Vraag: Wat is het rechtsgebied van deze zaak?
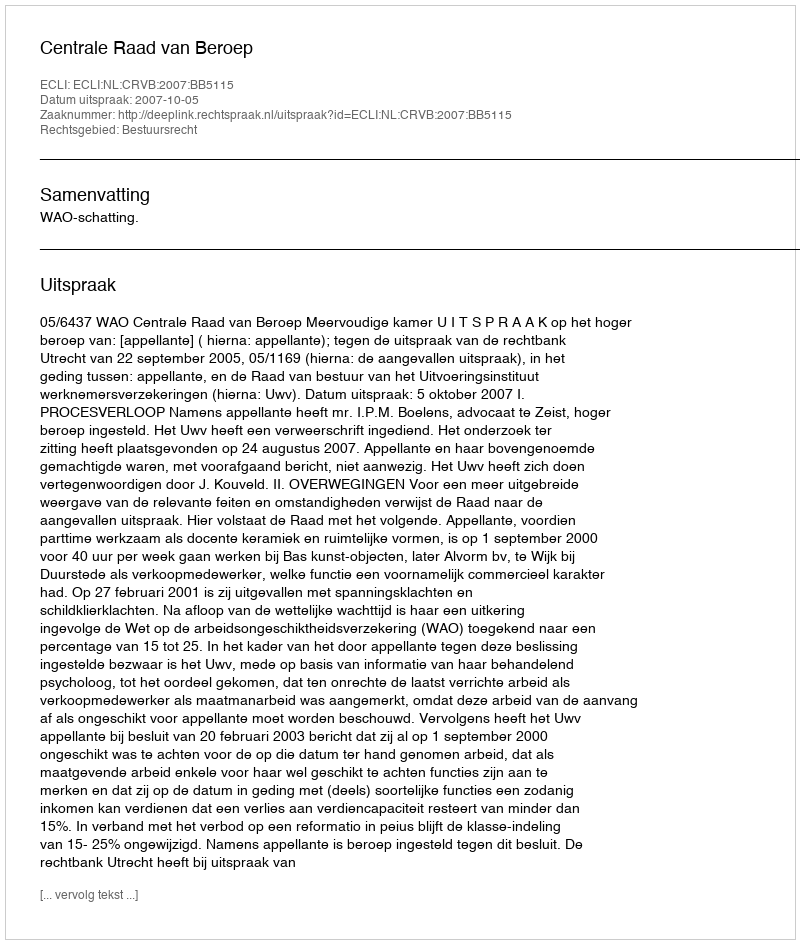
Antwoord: Bestuursrecht